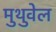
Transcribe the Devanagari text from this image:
मुथुवेल